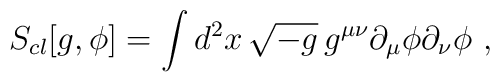
S_{cl}[g, \phi] = \int d^2 x \, \sqrt {-g}\, g^{\mu\nu}\partial_{\mu}\phi \partial_{\nu}\phi\ ,